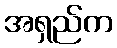
အရှည်က